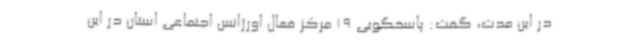
در این مدت، گفت: پاسخگویی 19 مرکز فعال اورژانس اجتماعی استان در این